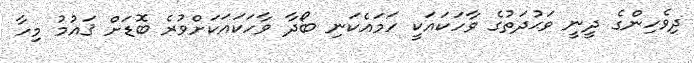
ދިވެހިންގެ ދީނީ ވަޙުދަތުގެ ވާހަކައަކީ ހަމައެކަނި ބޯދާ ވާހަކައަކަށްވުރެ ބޮޑަށް ޤައުމު މިހާ